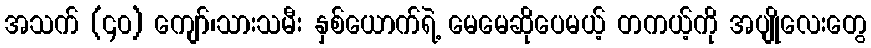
အသက် (၄၀) ကျော်၊သားသမီး နှစ်ယောက်ရဲ့ မေမေဆိုပေမယ့် တကယ့်ကို အပျိုလေးတွေ